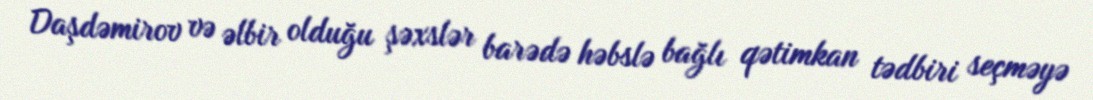
Daşdəmirov və əlbir olduğu şəxslər barədə həbslə bağlı qətimkan tədbiri seçməyə